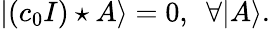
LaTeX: |(c_{0}I)\star A\rangle=0,\ \ \forall|A\rangle.